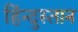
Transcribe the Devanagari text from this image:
हिंन्दुस्तान